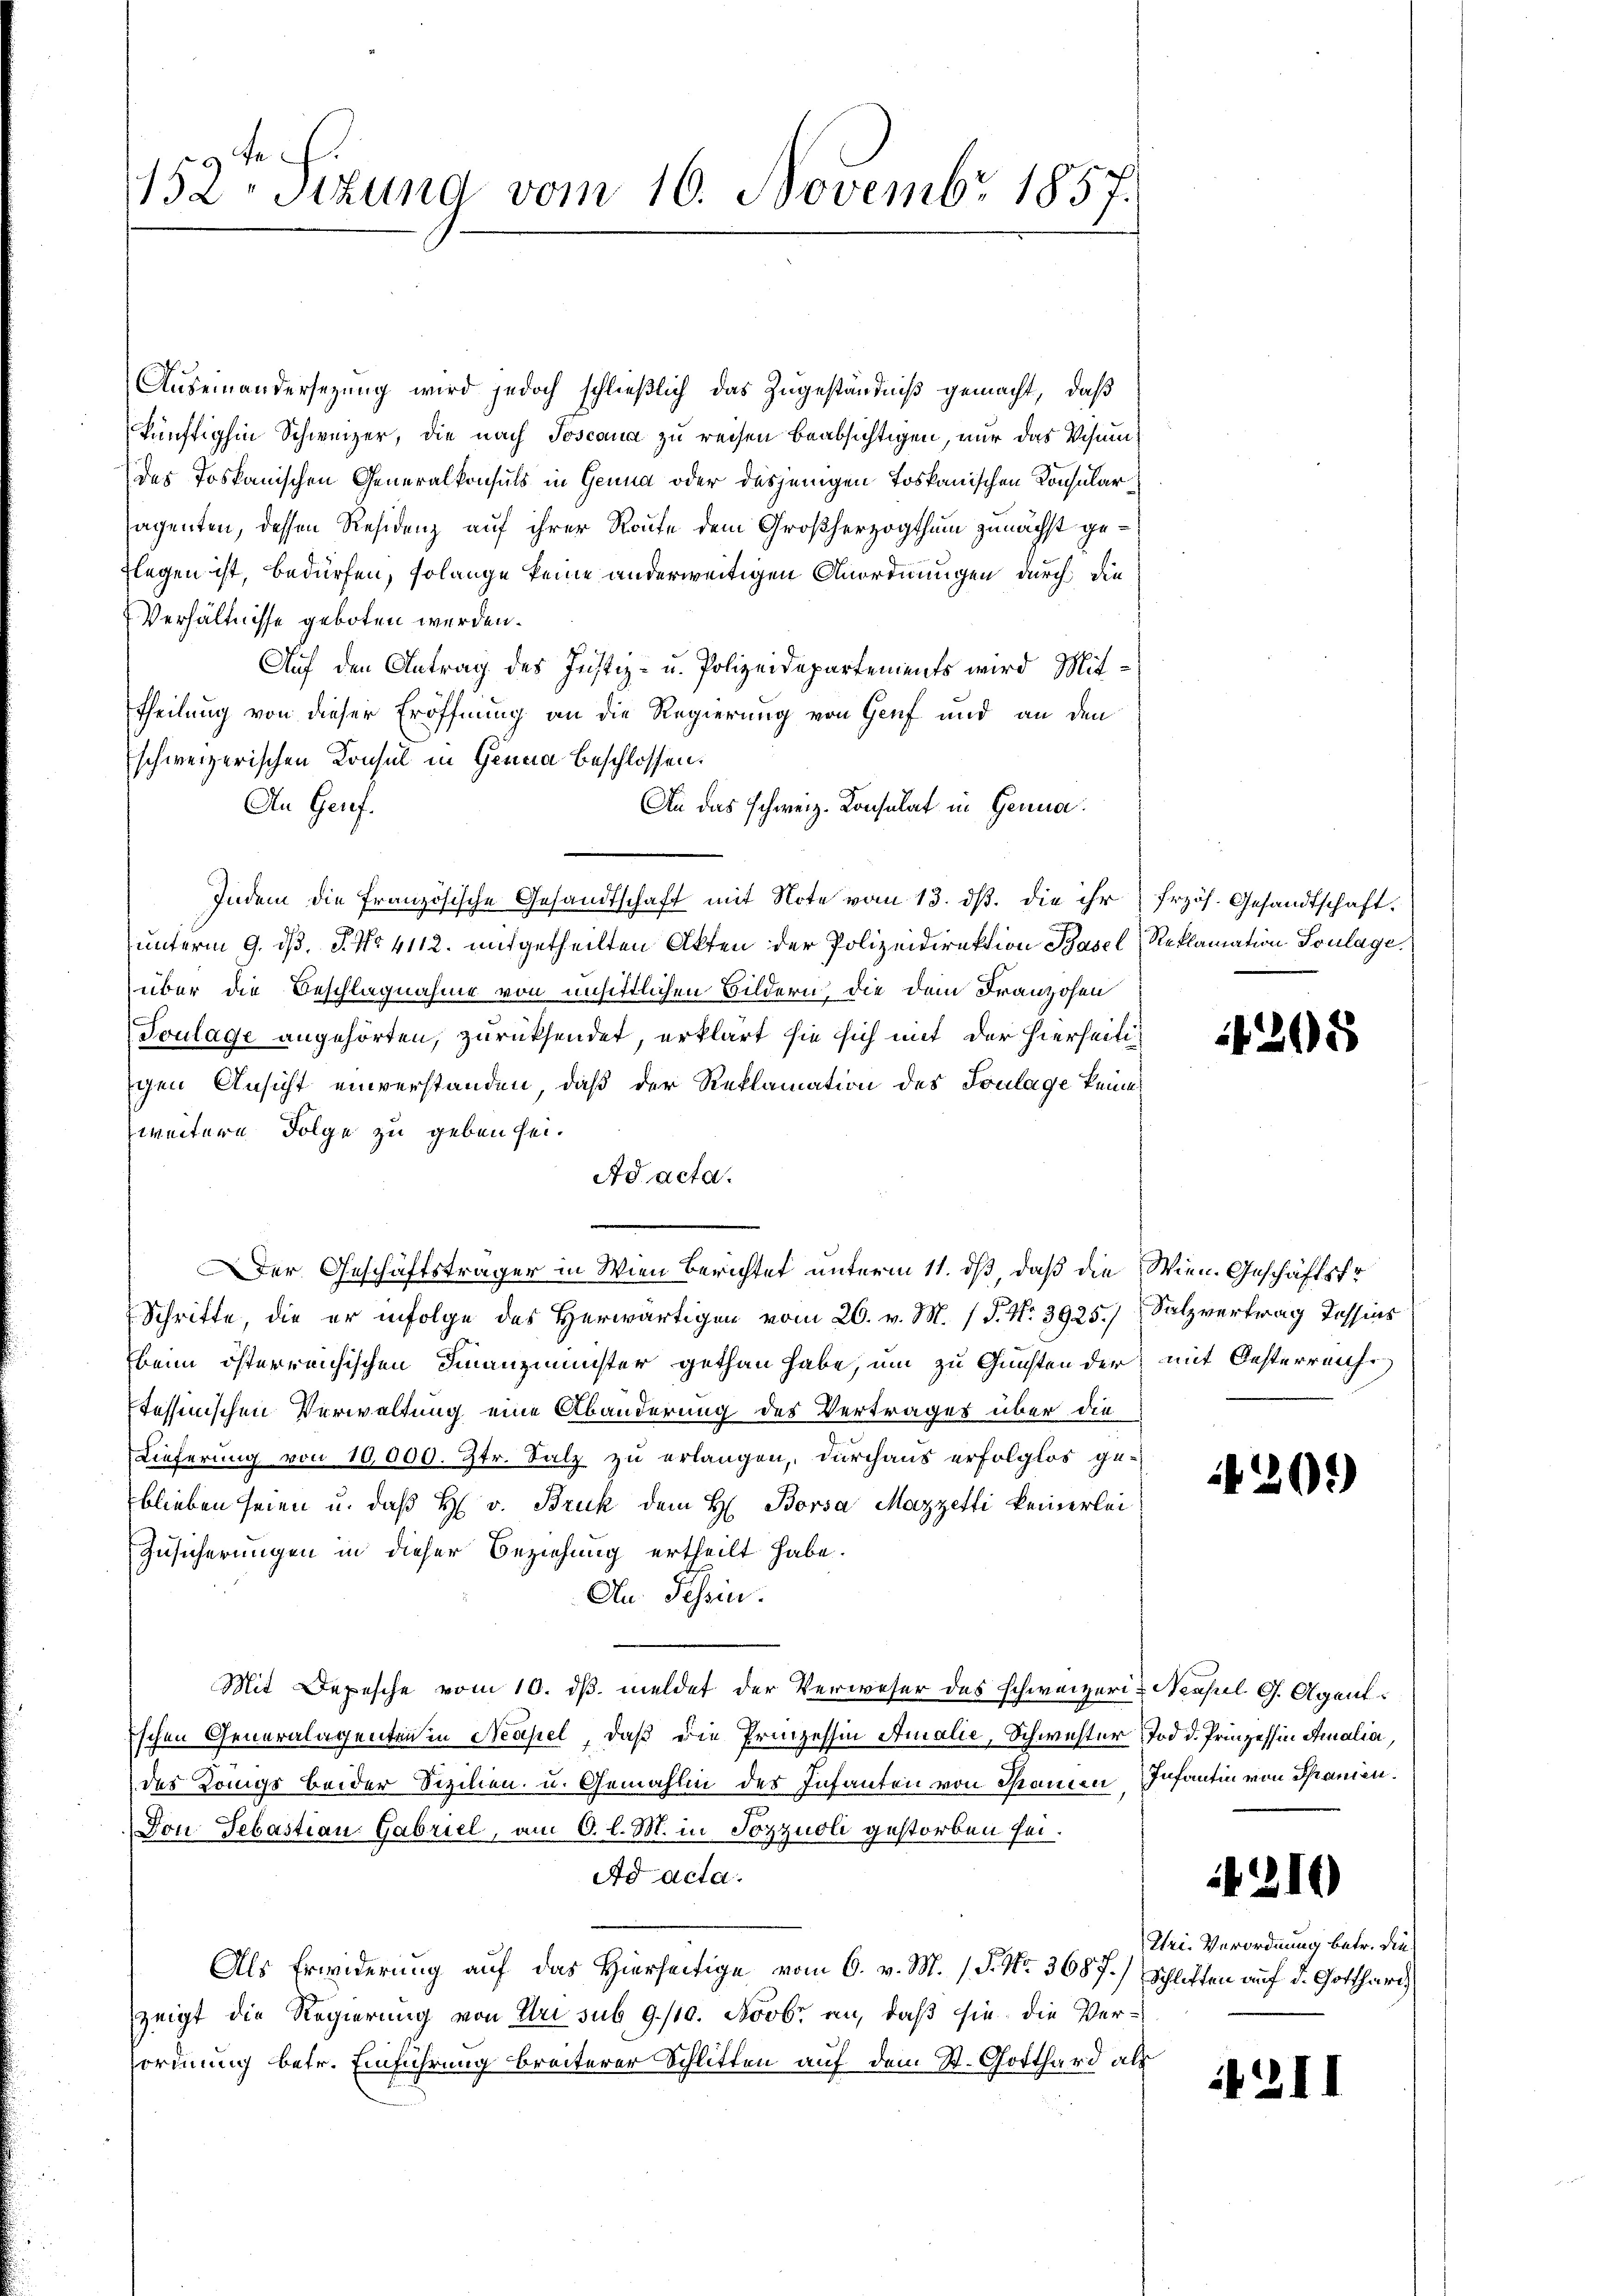
152. Sizung vom 16. Novembr 1857.

Auseinandersezung wird jedoch schließlich das Zugeständniß gemacht, daß
künftighin Schweizer, die nach Joscana zu reisen beabsichtigen, nur das Visumdes Toskanischen Generalkonsuls in Genua oder dasjenigen Toskanischen Konsularsagenten, dessen Residenz auf ihrer Route dem Großherzogthum zunächst geflegen ist, bedürfen, solange keine anderweitigen Anordnungen durch die
Verhältnisse geboten werden.
Auf den Antrag des Justiz- u. Polizeidepartements wird Mit¬
Theilung von dieser Eröffnung an die Regierung von Genf und an den
schweizerischen Konsul in Genua beschlossen:
An Genf.
An das schweiz. Konsulat in Genua
Indem die französische Gesandtschaft mit Note vom 13. ds. die ihr
unterm 9. d. J. No 4112. mitgetheilten Akten der Polizeidirektion Basel, Reklamation Soulage.
über die Beschlagnahme von unsittlichen Bildern, die dem Franzosen
Toulage angehörten, zurücksendet, erklärt sie sich mit der hierseitigen Ansicht einverstanden, daß der Reklamation des Toulage keine
weitere Folge zu geben sei.
Ad acta.
Der Geschäftsträger in Wien Berichtet unterm 11. ds, daß die Wien. Geschäftsfr
Schritte, die er infolge des Herwärtigen vom 26. v. M. (T. No 3925.) Salzvertrag Tessins
beim österreichischen Finanzminster gethan habe, um zu Gunsten der mit Oesterreichs
stessinischen Verwaltung eine Abänderung des Vertrages über die
Lieferung von 10,000. Str. Salz zu erlangen, durchaus erfolglos ge-
blieben seien u. daß H. v. Bruk dem H. Borsa Mazzetti keinerlei
Zusicherungen in dieser Beziehung ertheilt habe.
An Tessin.
Mit Depesche vom 10. dβ meldet der Verweser des Schweizeri-Nasul G. Agentischen Generalagenten in Neapel, daß die Prinzessin Amalie, Schwester Tod d. Prinzessin Amalia,
des Königs beider Sizilien u. Gemahlin des Infanten von Sanen Infantin von Spanien.
Don Sebastian Gabriel, am 6. l. M. in Sozzuoli gestorben sei.
Ad acta.
Als Erwiderung auf das Hierseitige vom 6. v. M. / P. Nr. 3687.)
zeigt die Regierung von Uri sub 9/10. Novbr. an, daß sie die Verordung betr. Einführung breiterer Schlitten auf dem St. Gotthard als

frzös. Gesandtschaft.

1205

)

210

Uri- Verordnung betr. die
Schliffen auf d. Gotthard

2II